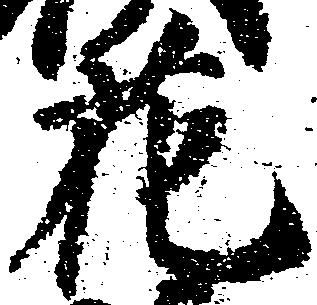
花